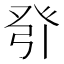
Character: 𰤎